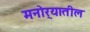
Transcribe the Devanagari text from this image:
मनोर्‍यातील